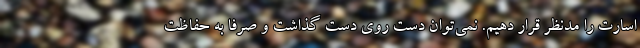
اسارت را مدنظر قرار دهیم. نمی‌توان دست روی دست گذاشت و صرفا به حفاظت